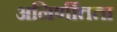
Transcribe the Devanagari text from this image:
अनिर्णीतता